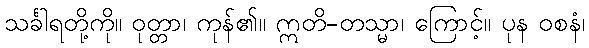
သင်္ခါရတို့ကို။ ဝုတ္တာ၊ ကုန်၏။ ဣတိ-တသ္မာ၊ ကြောင့်။ ပုန ဝစနံ၊